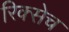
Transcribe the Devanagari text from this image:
रिक्सेच